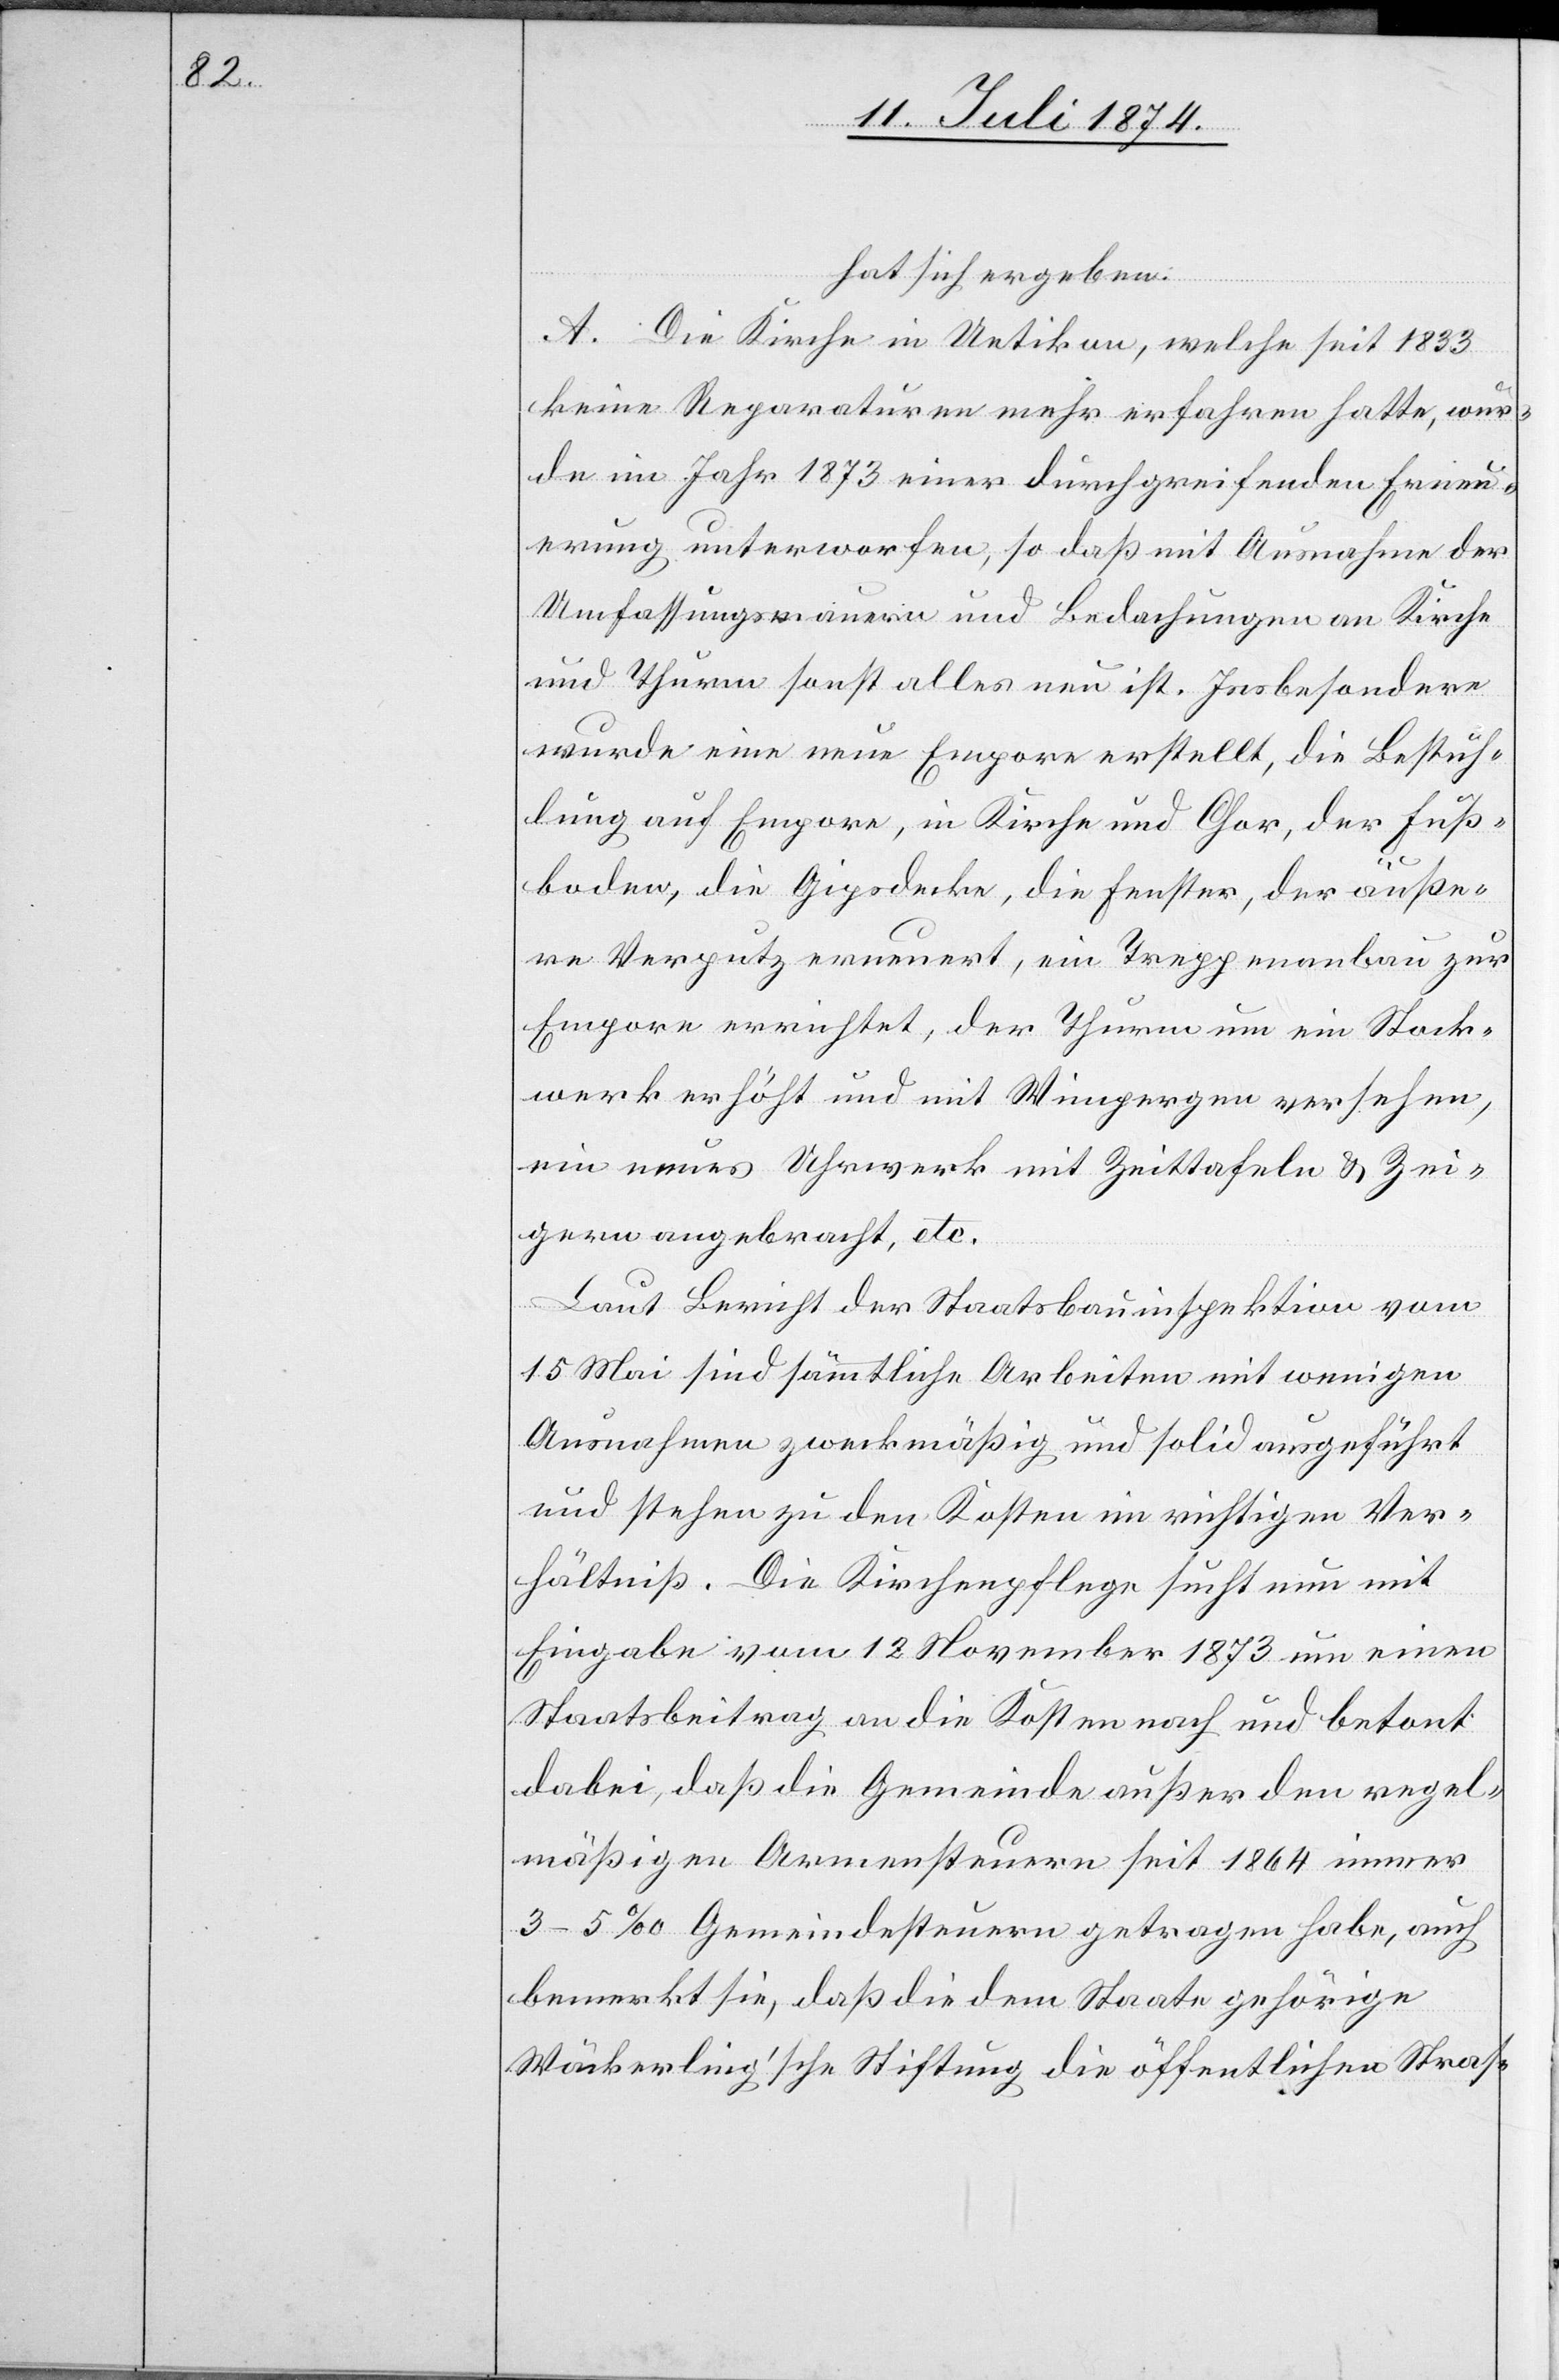
hat sich ergeben:
A. Die Kirche in Uetikon, welche seit 1833
keine Reparaturen mehr erfahren hatte, wur¬
de im Jahr 1873 einer durchgreifenden Erneu¬
erung unterworfen, so daß mit Ausnahme der
Umfassungsmauern und Bedachungen an Kirche
und Thurm sonst alles neu ist. Insbesondere
wurde eine neue Empore erstellt, die Bestuh¬
lung auf Empore, in Kirche und Chor, der Fuß¬
boden, die Gipsdecke, die Fenster, der äuße¬
re Verputz erneuert, ein Treppenanbau zur
Empore errichtet, der Thurm um ein Stock¬
werk erhöht und mit Wimpergen versehen,
ein neues Uhrwerk mit Zeittafeln u. Zei¬
gern angebracht, etc.
Laut Bericht der Staatsbauinspektion vom
15. Mai sind sämmtliche Arbeiten mit wenigen
Ausnahmen zweckmäßig und solid ausgeführt
und stehen zu den Kosten im richtigen Ver¬
hältniß. Die Kirchenpflege sucht nun mit
Eingabe vom 12. November 1873 um einen
Staatsbeitrag an die Kosten nach und betont
dabei, daß die Gemeinde außer den regel¬
mäßigen Armensteuern seit 1864 immer
3–5‰ Gemeindesteuern getragen habe, auch
bemerkt sie, daß die dem Staate gehörige
Wäckerling’sche Stiftung die öffentlichen Stras-